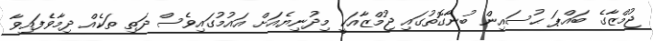
ޖުމްޒާގެ ބައްޕަ ޙުސައިން ބުނާގޮތުގައި ޖުމްޒާއަކީ މިދުނިޔެއަށް އައުމުގައިވެސް ދަތި ތަކެއް ދިމާވެފައިވާ